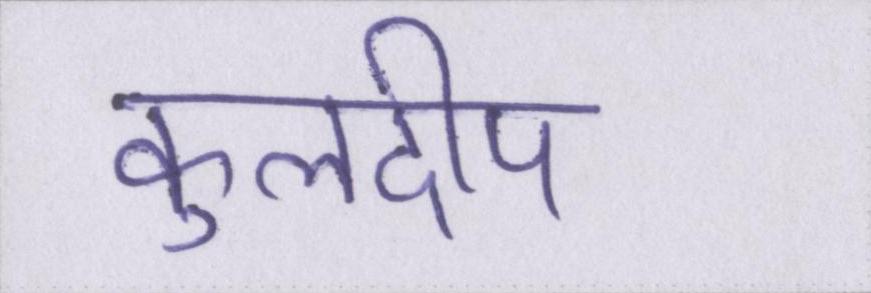
कुलदीप